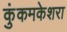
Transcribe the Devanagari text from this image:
कुंकमकेशरा